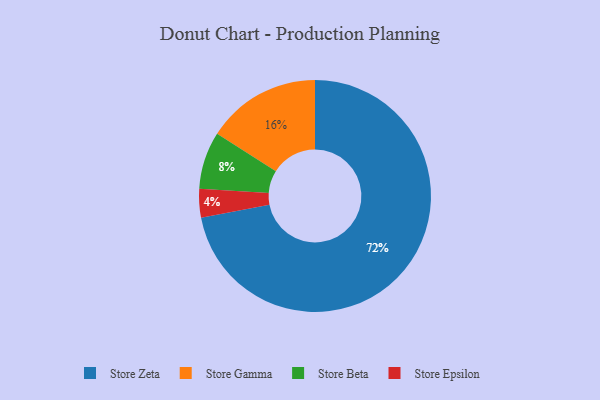
{"axis": {"x": "Category", "y": "Percentage"}, "legend": ["Store Beta", "Store Epsilon", "Store Gamma", "Store Zeta"], "data": [{"x": "Store Beta", "y": 8, "type": "Store Beta"}, {"x": "Store Gamma", "y": 16, "type": "Store Gamma"}, {"x": "Store Zeta", "y": 72, "type": "Store Zeta"}, {"x": "Store Epsilon", "y": 4, "type": "Store Epsilon"}]}